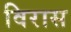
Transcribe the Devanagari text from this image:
विरास